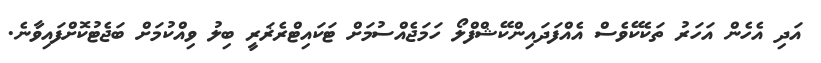
އަދި އެހެން އަހަރު ތަކެކޭވެސް އެއްފަދައިންކޭޝްފްލޯ ހަމަޖެއްސުމަށް ޓަކައިޓްރެޜަރީ ބިލު ވިއްކުމަށް ބަޖެޓުކޮށްފައިވާނެ.